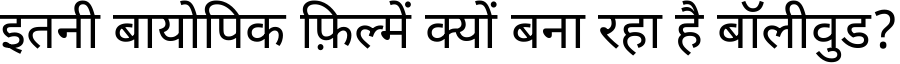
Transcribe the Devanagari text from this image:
इतनी बायोपिक फ़िल्में क्यों बना रहा है बॉलीवुड?